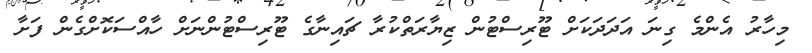
މިހާރު އެންމެ ގިނަ އަދަދަކަށް ޓޫރިސްޓުން ޒިޔާރަތްކުރާ ޗައިނާގެ ޓޫރިސްޓުންނަށް ހާއްސަކޮށްގެން ފަށާ